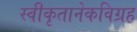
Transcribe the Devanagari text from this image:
स्वीकृतानेकविग्रह